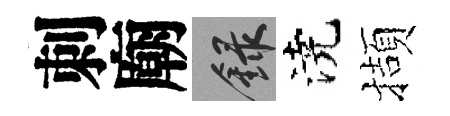
刺廟録澆擷